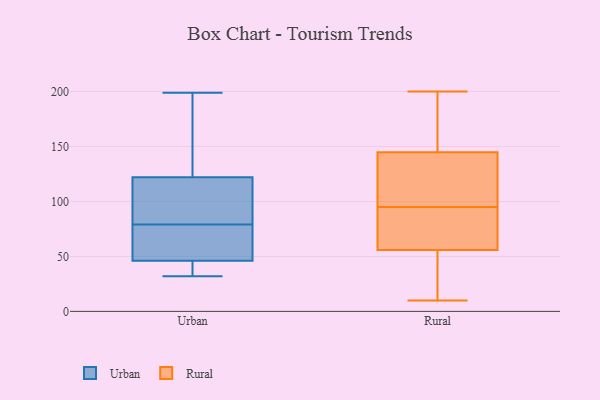
{"axis": {"x": "Backlog", "y": "Value"}, "legend": ["Rural", "Urban"], "data": [{"x": "", "y": 79, "type": "Urban"}, {"x": "", "y": 94, "type": "Urban"}, {"x": "", "y": 136, "type": "Urban"}, {"x": "", "y": 199, "type": "Urban"}, {"x": "", "y": 32, "type": "Urban"}, {"x": "", "y": 45, "type": "Urban"}, {"x": "", "y": 163, "type": "Urban"}, {"x": "", "y": 95, "type": "Urban"}, {"x": "", "y": 45, "type": "Urban"}, {"x": "", "y": 44, "type": "Urban"}, {"x": "", "y": 47, "type": "Urban"}, {"x": "", "y": 39, "type": "Urban"}, {"x": "", "y": 73, "type": "Urban"}, {"x": "", "y": 130, "type": "Urban"}, {"x": "", "y": 81, "type": "Urban"}, {"x": "", "y": 188, "type": "Urban"}, {"x": "", "y": 79, "type": "Urban"}, {"x": "", "y": 64, "type": "Urban"}, {"x": "", "y": 48, "type": "Urban"}, {"x": "", "y": 114, "type": "Urban"}, {"x": "", "y": 114, "type": "Rural"}, {"x": "", "y": 13, "type": "Rural"}, {"x": "", "y": 200, "type": "Rural"}, {"x": "", "y": 146, "type": "Rural"}, {"x": "", "y": 200, "type": "Rural"}, {"x": "", "y": 10, "type": "Rural"}, {"x": "", "y": 34, "type": "Rural"}, {"x": "", "y": 95, "type": "Rural"}, {"x": "", "y": 51, "type": "Rural"}, {"x": "", "y": 141, "type": "Rural"}, {"x": "", "y": 193, "type": "Rural"}, {"x": "", "y": 90, "type": "Rural"}, {"x": "", "y": 70, "type": "Rural"}, {"x": "", "y": 137, "type": "Rural"}, {"x": "", "y": 75, "type": "Rural"}]}